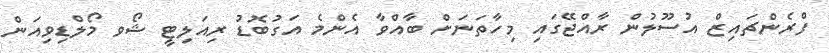
ފްރެންޗައިޒް އުސޫލުން ރާއްޖޭގައި މިހާތަނަށް ބާއްވާ އެންމެ އަގުބޮޑު ރިއަލިޓީ ޝޯވ މޯލްޑިވިއަން